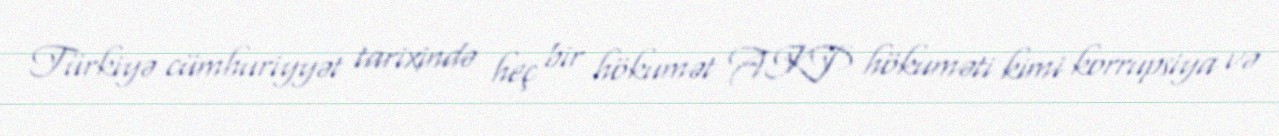
Türkiyə cümhuriyyət tarixində heç bir hökumət AKP hökuməti kimi korrupsiya və